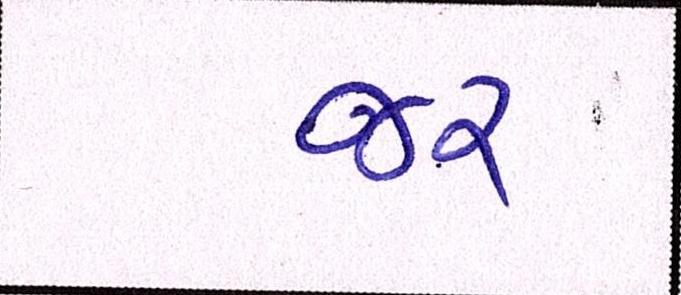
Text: જર